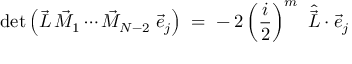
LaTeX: \operatorname * { d e t } \left( \vec { L } \, \vec { M } _ { 1 } \cdots \vec { M } _ { N - 2 } \; \vec { e } _ { j } \right) \; = \; - \, 2 \left( \frac i 2 \right) ^ { m } \ \hat { \vec { L } } \cdot \vec { e } _ { j }